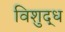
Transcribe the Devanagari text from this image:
विशुद्‍ध